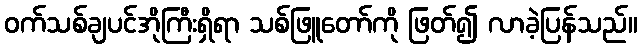
ဝက်သစ်ချပင်အိုကြီးရှိရာ သစ်ဖြူတော်ကို ဖြတ်၍ လာခဲ့ပြန်သည်။